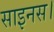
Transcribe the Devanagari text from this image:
साइनस।